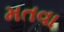
મતવા